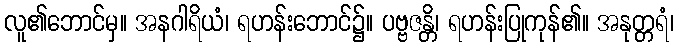
လူ၏ဘောင်မှ။ အနဂါရိယံ၊ ရဟန်းဘောင်၌။ ပဗ္ဗဇန္တိ၊ ရဟန်းပြုကုန်၏။ အနုတ္တရံ၊